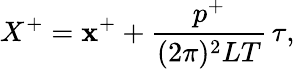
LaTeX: X^{+}=\mathbf{x}^{+}+\frac{{p^{+}}}{{(2\pi)^{2}LT}}\, \tau,